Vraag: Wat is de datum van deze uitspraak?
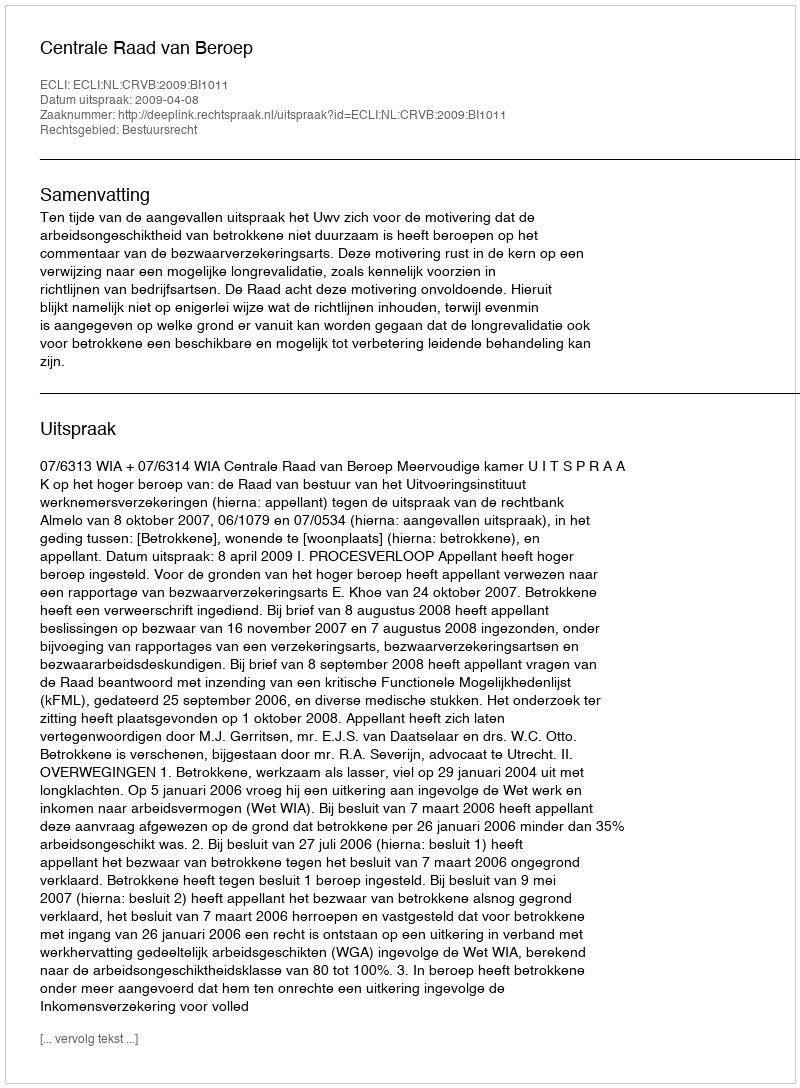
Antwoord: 2009-04-08